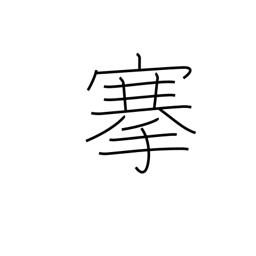
Meaning: pull out